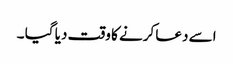
اسے دعا کرنے کا وقت دیا گیا ۔